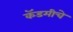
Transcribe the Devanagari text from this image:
कॅडमीचे